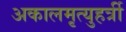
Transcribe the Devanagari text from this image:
अकालमृत्युहर्त्री